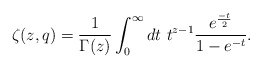
\begin{align*}\zeta(z,q)=\frac{1}{\Gamma(z)}\int^{\infty}_{0}dt ~t^{z-1}\frac{e^{\frac{-t}{2}}}{1-e^{-t}}.\end{align*}